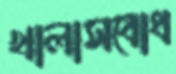
খালাসবোধ